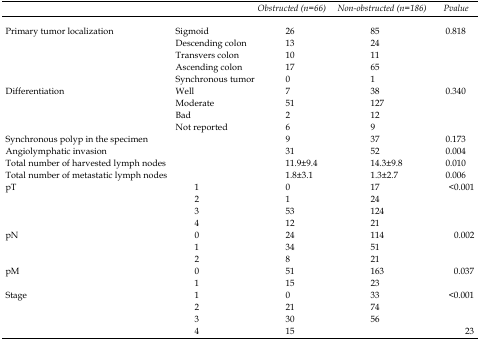
|  |  | Obstructed (n=66) | Non-obstructed (n=186) | P value |
 | --- | --- | --- | --- | --- |
 | Primary tumor localization | Sigmoid | 26 | 85 | <ROWSPAN=5> 0.818 |
 |  | Descending colon | 13 | 24 |
 |  | Transvers colon | 10 | 11 |
 |  | Ascending colon | 17 | 65 |
 |  | Synchronous tumor | 0 | 1 |
 | Differentiation | Well | 7 | 38 | <ROWSPAN=4> 0.340 |
 |  | Moderate | 51 | 127 |
 |  | Bad | 2 | 12 |
 |  | Not reported | 6 | 9 |
 | <COLSPAN=2> Synchronous polyp in the specimen | 9 | 37 | 0.173 |
 | <COLSPAN=2> Angiolymphatic invasion | 31 | 52 | 0.004 |
 | <COLSPAN=2> Total number of harvested lymph nodes | 11.9±9.4 | 14.3±9.8 | 0.010 |
 | <COLSPAN=2> Total number of metastatic lymph nodes | 1.8±3.1 | 1.3±2.7 | 0.006 |
 | pT | 1 | 0 | 17 | <ROWSPAN=4> <0.001 |
 |  | 2 | 1 | 24 |
 |  | 3 | 53 | 124 |
 |  | 4 | 12 | 21 |
 | pN | 0 | 24 | 114 | <ROWSPAN=3> 0.002 |
 |  | 1 | 34 | 51 |
 |  | 2 | 8 | 21 |
 | pM | 0 | 51 | 163 | <ROWSPAN=2> 0.037 |
 |  | 1 | 15 | 23 |
 | Stage | 1 | 0 | 33 | <ROWSPAN=3> <0.001 |
 |  | 2 | 21 | 74 |
 |  | 3 | 30 | 56 |
 |  | 4 | 15 |  | 23 |